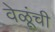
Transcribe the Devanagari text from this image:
वेळूंची